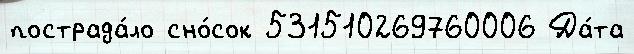
пострада́ло сно́сок 531510269760006 Да́та